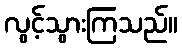
လွင့်သွားကြသည်။